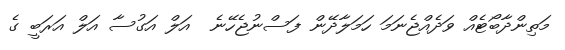
މަތިންދާބޯޓެއް ވަދެއްޖެނަމަ ހަމަލާދޭން ފަސްނުޖެހޭނެ  އަލް އަގުސާ އަލް އަރަބީ ގެ